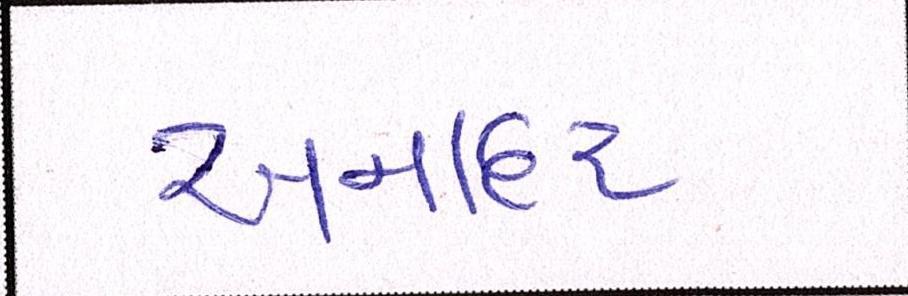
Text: અનાદર